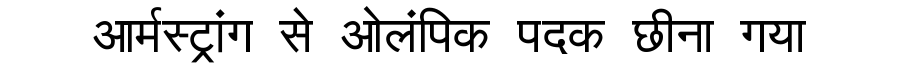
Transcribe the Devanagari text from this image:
आर्मस्ट्रांग से ओलंपिक पदक छीना गया